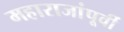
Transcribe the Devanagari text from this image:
महाराजांपूर्वी